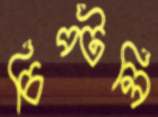
চিপ্‌টলি